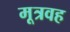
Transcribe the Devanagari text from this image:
मूत्रवह